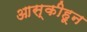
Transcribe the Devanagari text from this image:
आस्कीहून